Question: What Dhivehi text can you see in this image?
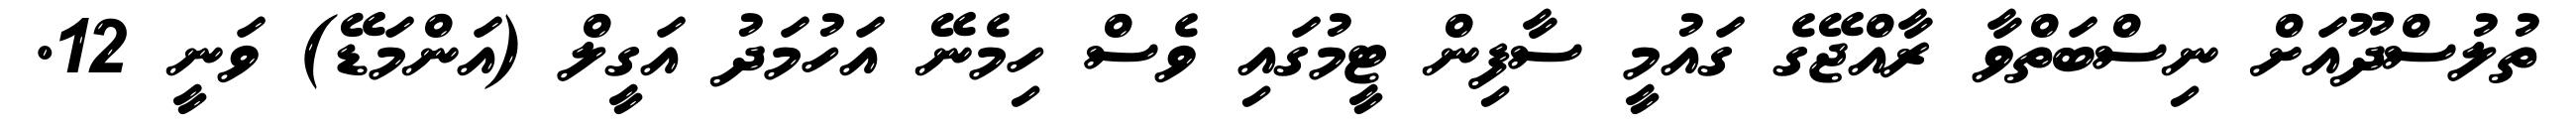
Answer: ތުލުސްދޫއަށް ނިސްބަތްވާ ރާއްޖޭގެ ގައުމީ ސާފިން ޓީމުގައި ވެސް ހިމެނޭ އަހުމަދު އަގީލް (އަންމަޑޭ) ވަނީ 12.